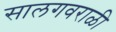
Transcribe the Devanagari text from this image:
सालगवराळी